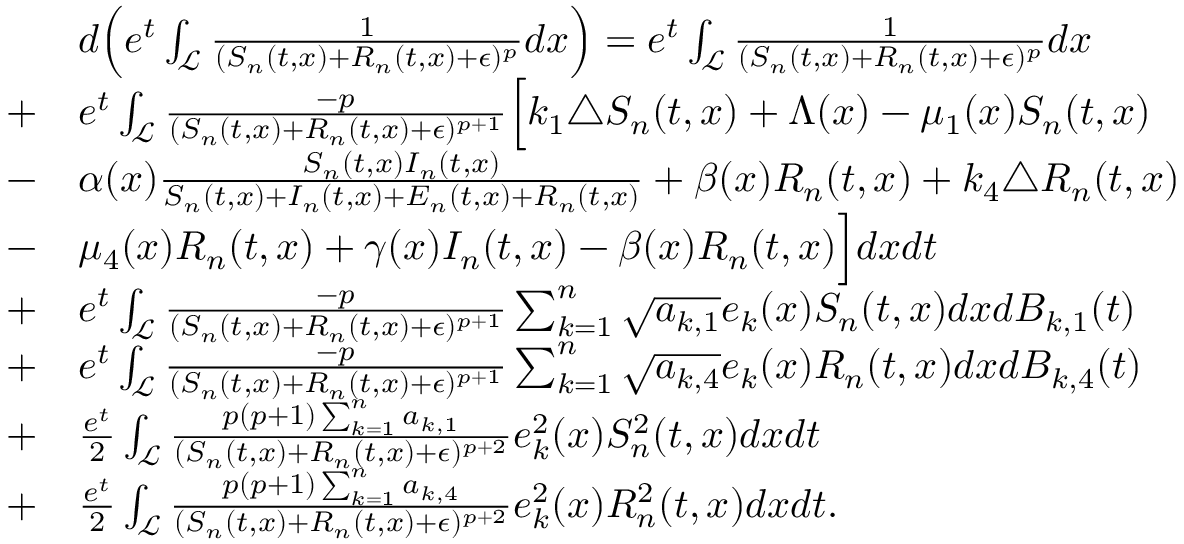
\begin{array} { r l } & { d \Bigl ( e ^ { t } \int _ { \mathcal { L } } \frac { 1 } { ( S _ { n } ( t , x ) + R _ { n } ( t , x ) + \epsilon ) ^ { p } } d x \Bigr ) = e ^ { t } \int _ { \mathcal { L } } \frac { 1 } { ( S _ { n } ( t , x ) + R _ { n } ( t , x ) + \epsilon ) ^ { p } } d x } \\ { + } & { e ^ { t } \int _ { \mathcal { L } } \frac { - p } { ( S _ { n } ( t , x ) + R _ { n } ( t , x ) + \epsilon ) ^ { p + 1 } } \Bigl [ k _ { 1 } \triangle S _ { n } ( t , x ) + \Lambda ( x ) - \mu _ { 1 } ( x ) S _ { n } ( t , x ) } \\ { - } & { \alpha ( x ) \frac { S _ { n } ( t , x ) I _ { n } ( t , x ) } { S _ { n } ( t , x ) + I _ { n } ( t , x ) + E _ { n } ( t , x ) + R _ { n } ( t , x ) } + \beta ( x ) R _ { n } ( t , x ) + k _ { 4 } \triangle R _ { n } ( t , x ) } \\ { - } & { \mu _ { 4 } ( x ) R _ { n } ( t , x ) + \gamma ( x ) I _ { n } ( t , x ) - \beta ( x ) R _ { n } ( t , x ) \Bigr ] d x d t } \\ { + } & { e ^ { t } \int _ { \mathcal { L } } \frac { - p } { ( S _ { n } ( t , x ) + R _ { n } ( t , x ) + \epsilon ) ^ { p + 1 } } \sum _ { k = 1 } ^ { n } \sqrt { a _ { k , 1 } } e _ { k } ( x ) S _ { n } ( t , x ) d x d B _ { k , 1 } ( t ) } \\ { + } & { e ^ { t } \int _ { \mathcal { L } } \frac { - p } { ( S _ { n } ( t , x ) + R _ { n } ( t , x ) + \epsilon ) ^ { p + 1 } } \sum _ { k = 1 } ^ { n } \sqrt { a _ { k , 4 } } e _ { k } ( x ) R _ { n } ( t , x ) d x d B _ { k , 4 } ( t ) } \\ { + } & { \frac { e ^ { t } } { 2 } \int _ { \mathcal { L } } \frac { p ( p + 1 ) \sum _ { k = 1 } ^ { n } a _ { k , 1 } } { ( S _ { n } ( t , x ) + R _ { n } ( t , x ) + \epsilon ) ^ { p + 2 } } e _ { k } ^ { 2 } ( x ) S _ { n } ^ { 2 } ( t , x ) d x d t } \\ { + } & { \frac { e ^ { t } } { 2 } \int _ { \mathcal { L } } \frac { p ( p + 1 ) \sum _ { k = 1 } ^ { n } a _ { k , 4 } } { ( S _ { n } ( t , x ) + R _ { n } ( t , x ) + \epsilon ) ^ { p + 2 } } e _ { k } ^ { 2 } ( x ) R _ { n } ^ { 2 } ( t , x ) d x d t . } \end{array}